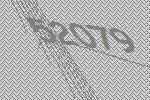
52079